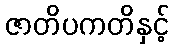
ဇာတိပကတိနှင့်